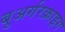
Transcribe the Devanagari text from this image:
बुअर्गरक्राइग